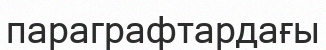
параграфтардағы